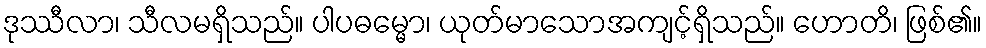
ဒုဿီလာ၊ သီလမရှိသည်။ ပါပဓမ္မော၊ ယုတ်မာသောအကျင့်ရှိသည်။ ဟောတိ၊ ဖြစ်၏။